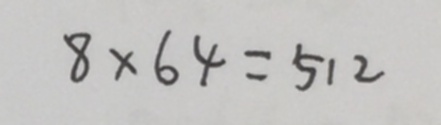
8 \times 6 4 = 5 1 2